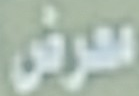
معرض